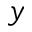
y